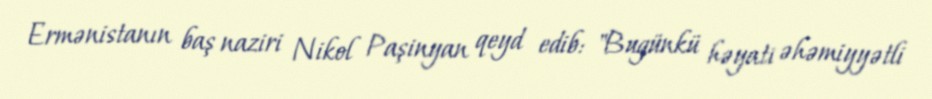
Ermənistanın baş naziri Nikol Paşinyan qeyd edib: "Bugünkü həyati əhəmiyyətli